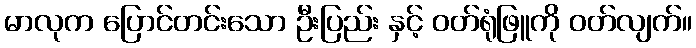
မာလုက ပြောင်တင်းသော ဦးပြည်း နှင့် ဝတ်ရုံဖြူကို ဝတ်လျက်။